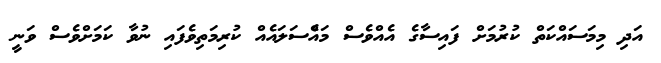
އަދި މިމަސައްކަތް ކުރުމަށް ފައިސާގެ އެއްވެސް މައެްސަލައެއް ކުރިމަތިވެފައި ނުވާ ކަމަށްވެސް ވަނީ